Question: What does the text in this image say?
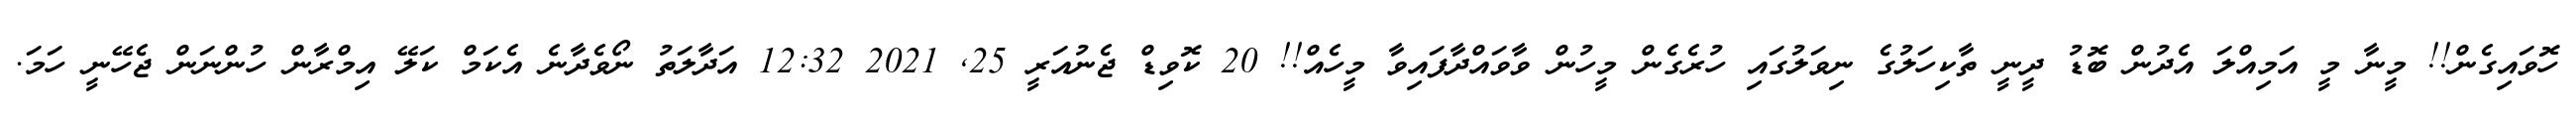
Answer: ހޮވައިގެން!! މީނާ މީ އަމިއްލަ އެދުން ބޮޑު ދީނީ ތާކިހަލުގެ ނިވަލުގައި ހުރެގެން މީހުން ވާވައްދާފައިވާ މީހެއް!! 20 ކޮވިޑް ޖެނުއަރީ 25, 2021 12:32 އަދާލަތު ނޯވެދާނެ އެކަމް ކަލޭ އިމްރާން ހުންނަން ޖެހޭނީ ހަމަ.